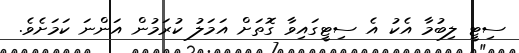
ސިޓީ ލިބުމާ އެކު އެ ސިޓީގައިވާ ގޮތަށް އަމަލު ކުރަމުން އަންނަ ކަމަށެވެ.